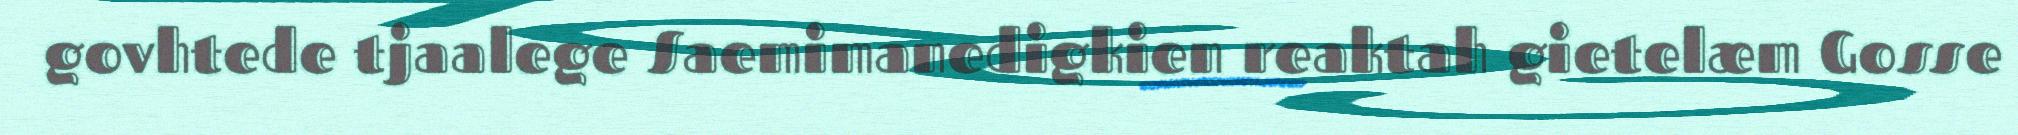
govhtede tjaalege Saemimanedigkien reaktah gietelæm Gosse